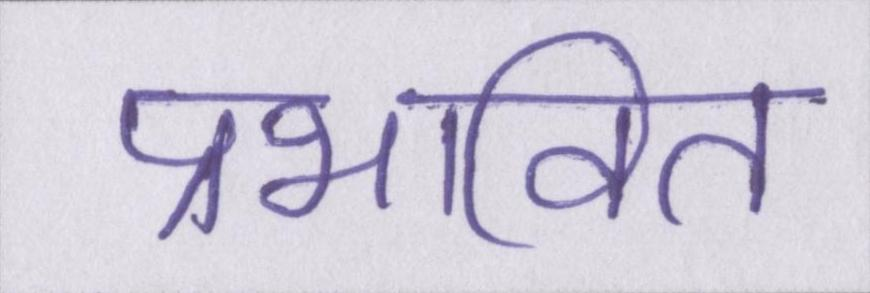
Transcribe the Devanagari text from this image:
प्रभावित